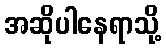
အဆိုပါနေရာသို့